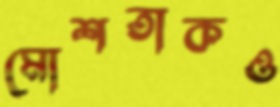
মোশতাকও